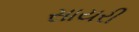
સાયરી